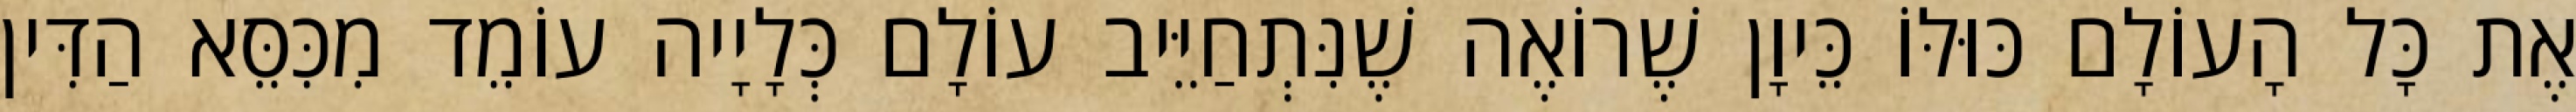
אֶת כָּל הָעוֹלָם כּוּלּוֹ כֵּיוָן שֶׁרוֹאֶה שֶׁנִּתְחַיֵּיב עוֹלָם כְּלָיָיה עוֹמֵד מִכִּסֵּא הַדִּין